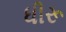
ધીરૂ